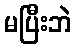
မပြီးဘဲ